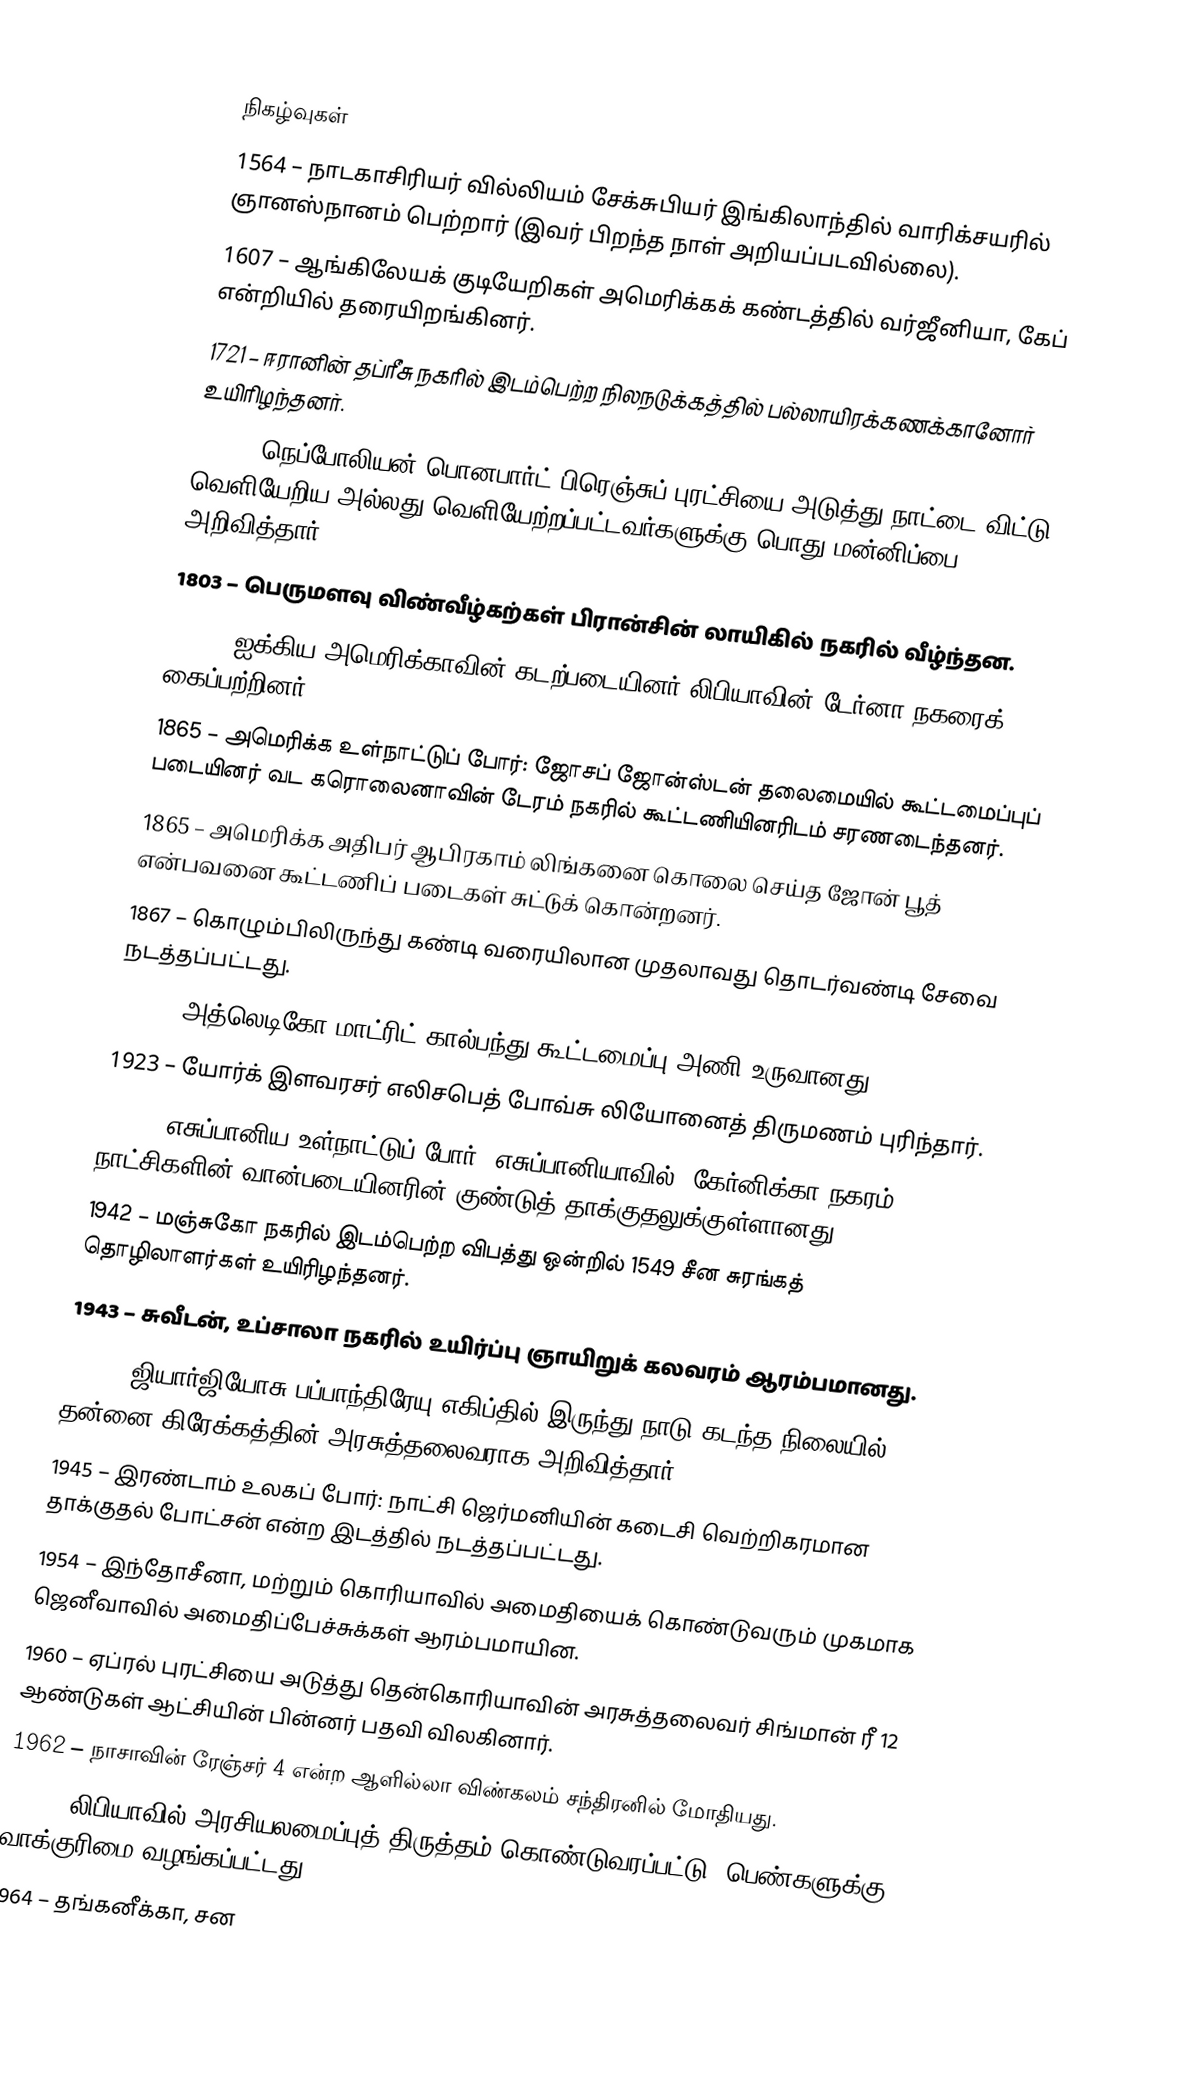

நிகழ்வுகள்
1564 – நாடகாசிரியர் வில்லியம் சேக்சுபியர் இங்கிலாந்தில் வாரிக்சயரில் ஞானஸ்நானம் பெற்றார் (இவர் பிறந்த நாள் அறியப்படவில்லை).
1607 – ஆங்கிலேயக் குடியேறிகள் அமெரிக்கக் கண்டத்தில் வர்ஜீனியா, கேப் என்றியில் தரையிறங்கினர்.
1721 – ஈரானின் தப்ரீசு நகரில் இடம்பெற்ற நிலநடுக்கத்தில் பல்லாயிரக்கணக்கானோர் உயிரிழந்தனர்.
1802 – நெப்போலியன் பொனபார்ட் பிரெஞ்சுப் புரட்சியை அடுத்து நாட்டை விட்டு வெளியேறிய அல்லது வெளியேற்றப்பட்டவர்களுக்கு பொது மன்னிப்பை அறிவித்தார்.
1803 – பெருமளவு விண்வீழ்கற்கள் பிரான்சின் லாயிகில் நகரில் வீழ்ந்தன.
1805 – ஐக்கிய அமெரிக்காவின் கடற்படையினர் லிபியாவின் டேர்னா நகரைக் கைப்பற்றினர்.
1865 – அமெரிக்க உள்நாட்டுப் போர்: ஜோசப் ஜோன்ஸ்டன் தலைமையில் கூட்டமைப்புப் படையினர் வட கரொலைனாவின் டேரம் நகரில் கூட்டணியினரிடம் சரணடைந்தனர்.
1865 – அமெரிக்க அதிபர் ஆபிரகாம் லிங்கனை கொலை செய்த ஜோன் பூத் என்பவனை கூட்டணிப் படைகள் சுட்டுக் கொன்றனர்.
1867 – கொழும்பிலிருந்து கண்டி வரையிலான முதலாவது தொடர்வண்டி சேவை நடத்தப்பட்டது.
1903 – அத்லெடிகோ மாட்ரிட் கால்பந்து கூட்டமைப்பு அணி உருவானது.
1923 – யோர்க் இளவரசர் எலிசபெத் போவ்சு லியோனைத் திருமணம் புரிந்தார்.
1937 – எசுப்பானிய உள்நாட்டுப் போர்: எசுப்பானியாவில், கேர்னிக்கா நகரம் நாட்சிகளின் வான்படையினரின் குண்டுத் தாக்குதலுக்குள்ளானது.
1942 – மஞ்சுகோ நகரில் இடம்பெற்ற விபத்து ஒன்றில் 1549 சீன சுரங்கத் தொழிலாளர்கள் உயிரிழந்தனர்.
1943 – சுவீடன், உப்சாலா நகரில் உயிர்ப்பு ஞாயிறுக் கலவரம் ஆரம்பமானது.
1944 – ஜியார்ஜியோசு பப்பாந்திரேயு எகிப்தில் இருந்து நாடு கடந்த நிலையில் தன்னை கிரேக்கத்தின் அரசுத்தலைவராக அறிவித்தார்.
1945 – இரண்டாம் உலகப் போர்: நாட்சி ஜெர்மனியின் கடைசி வெற்றிகரமான தாக்குதல் போட்சன் என்ற இடத்தில் நடத்தப்பட்டது.
1954 – இந்தோசீனா, மற்றும் கொரியாவில் அமைதியைக் கொண்டுவரும் முகமாக ஜெனீவாவில் அமைதிப்பேச்சுக்கள் ஆரம்பமாயின.
1960 – ஏப்ரல் புரட்சியை அடுத்து தென்கொரியாவின் அரசுத்தலைவர் சிங்மான் ரீ 12 ஆண்டுகள் ஆட்சியின் பின்னர் பதவி விலகினார்.
1962 – நாசாவின் ரேஞ்சர் 4 என்ற ஆளில்லா விண்கலம் சந்திரனில் மோதியது.
1963 – லிபியாவில் அரசியலமைப்புத் திருத்தம் கொண்டுவரப்பட்டு, பெண்களுக்கு வாக்குரிமை வழங்கப்பட்டது.
1964 – தங்கனீக்கா, சன